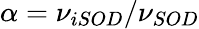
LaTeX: \alpha=\nu_{iSOD}/\nu_{SOD}